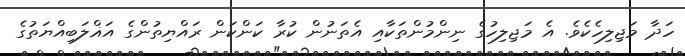
ހަދާ މަޖިލިހެކެވެ. އެ މަޖިލިހުގެ ނިންމުންތަކާއި އެތަނުން ކުރާ ކަންކަން ރައްޔިތުންގެ އަޣްލަބިއްޔަތުގެ